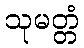
သုမတ္တံ